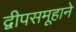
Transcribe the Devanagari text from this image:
द्वीपसमूहाने